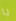
يا